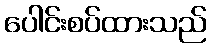
ပေါင်းစပ်ထားသည်